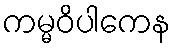
ကမ္မဝိပါကေန